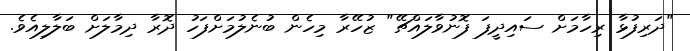
"ދަރިފުޅާ ރިހާމަށް ސައިދީފަ ފޮނުވާލައްޗޭ" ޒުހޭރާ މިހެން ބުނެލުމަށްފަހު ދޮރާ ދިމާލަށް ބަލާލިއެވެ.